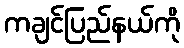
ကချင်ပြည်နယ်ကို